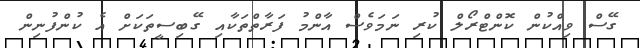
ގޭސް ވިއްކުން ކޮންޓްރޯލް ކުރި ނަމަވެސް އާންމު ފަރާތްތަކާއި ގޭބިސީތަކަށް އެ ކުންފުނިން